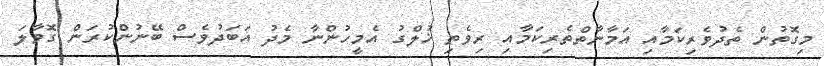
މިގޮތުން ތެދުވެރިކަމާއި އަމާނާތްތެރިކަމާއި ރިވެތި ޚުލްގު އެމީހުންނާ މެދު އަބަދުވެސް ބޭނުންކުރަން ގޮވާލަ